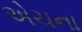
એચના